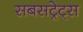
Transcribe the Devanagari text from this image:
सबसट्रेट्स